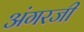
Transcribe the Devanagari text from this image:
अंगरजी